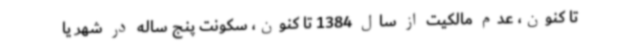
تا کنون، عدم مالکیت از سال 1384 تا کنون، سکونت پنج ساله در شهر یا